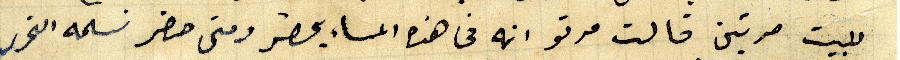
للبيت مرتين قالت مرتو انه في هذه المساء يحضر ومتى حضر نسلمه التحرير